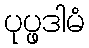
ပုပ္ဖဒါမံ